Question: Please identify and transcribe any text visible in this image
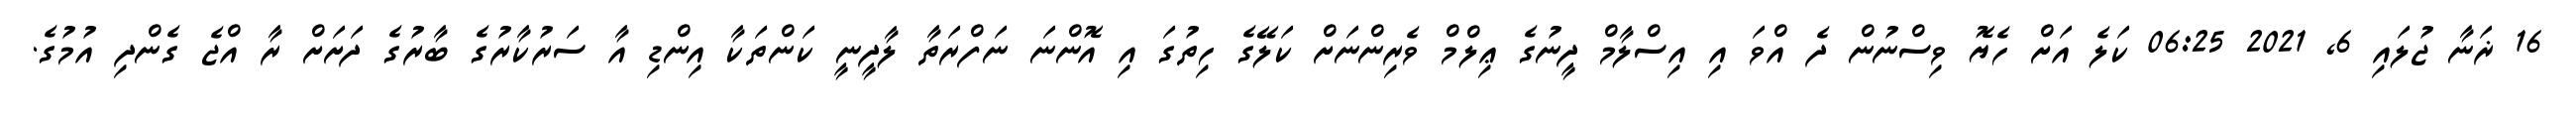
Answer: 16 ޜަނާ ޖުލައި 6, 2021 06:25 ކަލެ އަށް ހެޔޮ ވިސްނުން ދެ އްވަ އި އިސްލާމް ދީނުގެ ޢިލްމް ވެރިންނަށް ކަލޭގެ ހިތުގަ އި އޮންނަ ނަފްރަތާ ލާދީނީ ކަންތަކާ އިންޑި އާ ސަރުކާރުގެ ބާރުގެ ދަށަށް ރާ އްޖެ ގެންދި އުމުގެ.